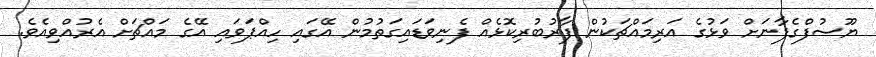
ޔޫސުފްގެފާނަށް ވަޅުގެ އަރިމައްޗަކުން ފާރުބުރިކޮޅެއް ފެނިވަޑައިގަތުމުން އޭގައި ހިއްޕަވައި އޭގެ މައްޗަށް އެރުއްވިއެވެ.